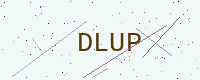
Text: DLUP